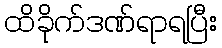
ထိခိုက်ဒဏ်ရာရပြီး